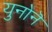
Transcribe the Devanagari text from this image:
युनोनॆ